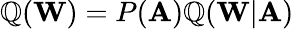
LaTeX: \mathbb{Q}(\mathbf{{W}})=P(\mathbf{{A}})\mathbb{Q}(\mathbf{{W}}|\mathbf{{A}})